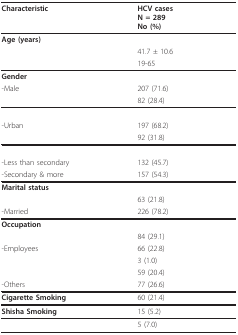
<table><thead><tr><td><b>Characteristic</b></td><td><b>HCV casesN = 289No (%)</b></td></tr></thead><tbody><tr><td><b>Age (years)</b></td><td>[EMPTY_CELL]</td></tr><tr><td>[EMPTY_CELL]</td><td>41.7 ± 10.6</td></tr><tr><td>[EMPTY_CELL]</td><td>19-65</td></tr><tr><td><b>Gender</b></td><td>[EMPTY_CELL]</td></tr><tr><td>-Male</td><td>207 (71.6)</td></tr><tr><td>[EMPTY_CELL]</td><td>82 (28.4)</td></tr><tr><td>[EMPTY_CELL]</td><td>[EMPTY_CELL]</td></tr><tr><td>-Urban</td><td>197 (68.2)</td></tr><tr><td>[EMPTY_CELL]</td><td>92 (31.8)</td></tr><tr><td>[EMPTY_CELL]</td><td>[EMPTY_CELL]</td></tr><tr><td>-Less than secondary</td><td>132 (45.7)</td></tr><tr><td>-Secondary &amp; more</td><td>157 (54.3)</td></tr><tr><td><b>Marital status</b></td><td>[EMPTY_CELL]</td></tr><tr><td>[EMPTY_CELL]</td><td>63 (21.8)</td></tr><tr><td>-Married</td><td>226 (78.2)</td></tr><tr><td><b>Occupation</b></td><td>[EMPTY_CELL]</td></tr><tr><td>[EMPTY_CELL]</td><td>84 (29.1)</td></tr><tr><td>-Employees</td><td>66 (22.8)</td></tr><tr><td>[EMPTY_CELL]</td><td>3 (1.0)</td></tr><tr><td>[EMPTY_CELL]</td><td>59 (20.4)</td></tr><tr><td>-Others</td><td>77 (26.6)</td></tr><tr><td><b>Cigarette Smoking</b></td><td>60 (21.4)</td></tr><tr><td><b>Shisha Smoking</b></td><td>15 (5.2)</td></tr><tr><td>[EMPTY_CELL]</td><td>5 (7.0)</td></tr></tbody></table>